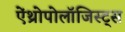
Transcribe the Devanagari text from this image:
ऐंथ्रोपोलॉजिस्ट्स